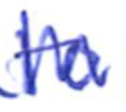
Text: to
Cross-out: zig-zag
Writing tool: ballpoint